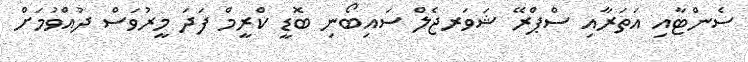
ސެންޓާއި އަތަރާއި ސްޕްރޭ ޝަވަރޖެލް ސައިބޯނި ބޮޑީ ކްރީމް ފަދަ މީރުވަސް ދުއްވުމަށް